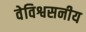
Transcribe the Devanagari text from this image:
वेविश्वसनीय